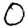
Digit: 0